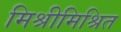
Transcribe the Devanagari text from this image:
मिश्रीमिश्रित